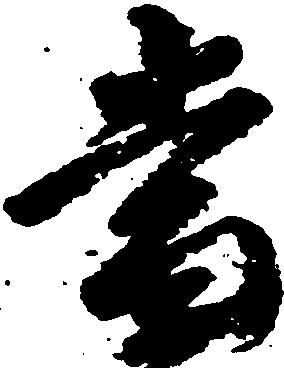
当